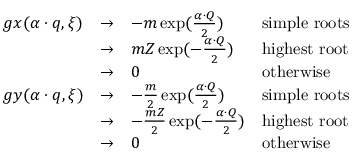
\begin{array} { l l l l } { { g x ( \alpha \cdot q , \xi ) } } & { { \rightarrow } } & { { - m \exp ( { \frac { \alpha \cdot Q } { 2 } } ) } } & { { \mathrm { s i m p l e ~ r o o t s } } } \\ { { } } & { { \rightarrow } } & { { { m Z } \exp ( - { \frac { \alpha \cdot Q } { 2 } } ) } } & { { \mathrm { h i g h e s t ~ r o o t } } } \\ { { } } & { { \rightarrow } } & { { 0 } } & { { \mathrm { o t h e r w i s e } } } \\ { { g y ( \alpha \cdot q , \xi ) } } & { { \rightarrow } } & { { - { \frac { m } { 2 } } \exp ( { \frac { \alpha \cdot Q } { 2 } } ) } } & { { \mathrm { s i m p l e ~ r o o t s } } } \\ { { } } & { { \rightarrow } } & { { - { \frac { m Z } { 2 } } \exp ( - { \frac { \alpha \cdot Q } { 2 } } ) } } & { { \mathrm { h i g h e s t ~ r o o t } } } \\ { { } } & { { \rightarrow } } & { { 0 } } & { { \mathrm { o t h e r w i s e } } } \end{array}